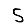
Digit: 5